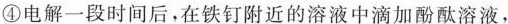
④电解一段时间后，在铁钉附近的溶液中滴加酚酞溶液，